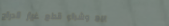
بيع وشراء قطع غيار الدراج